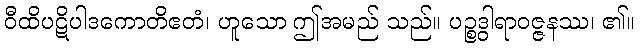
ဝီထိပဋိပါဒကောတိဧတံ၊ ဟူသော ဤအမည် သည်။ ပဉ္စဒွါရာဝဇ္ဇနဿ၊ ၏။